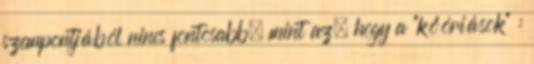
szempontjából nincs fontosabb. mint az, hogy a "kőóriások" :